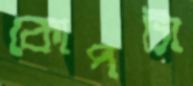
কোপটা